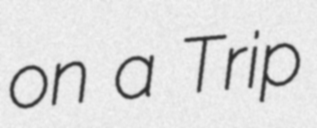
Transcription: on a Trip